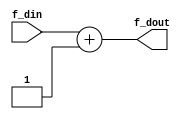
`timescale 1ns / 1ps
//////////////////////////////////////////////////////////////////////////////////
// Company: 
// Engineer: 
// 
// Design Name: 
// Module Name: sign_extension
// Project Name: 
// Target Devices: 
// Tool Versions: 
// Description: 
// 
// Dependencies: 
// 
// Revision:
// Revision 0.01 - File Created
// Additional Comments:
// 
//////////////////////////////////////////////////////////////////////////////////


module adder0
/*** PARAMETERS ***/
#(parameter
    // WL
    DATA_WL     = 32
)
/*** IN/OUT ***/
(
    // IN
    input [DATA_WL - 1 : 0]     f_din,
    // OUT
    output [DATA_WL - 1 : 0]    f_dout
);

assign f_dout = f_din + 1;

endmodule